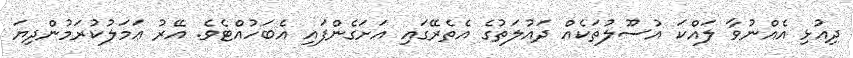
ދިއުޅި އެއްނުވާ ލައްކަ އުސޫލުތަކެއް ދައުލަތުގެ އެތެރޭގައި އަށަގެންފައި އެބަހުއްޓެވެ. އޭރު ޢަމަލުކުރަމުންދިޔަ